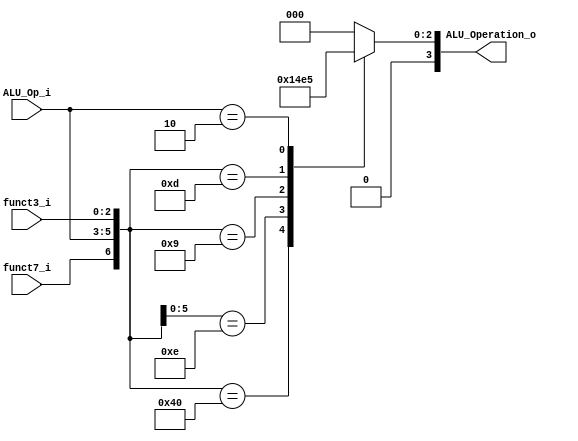
/******************************************************************
* Description
*	This is the control unit for the ALU. It receves a signal called 
*	ALUOp from the control unit and signals called funct7 and funct3  from
*	the instruction bus.
* Version:
*	1.0
* Author:
*	Dr. Jos Luis Pizano Escalante
* email:
*	luispizano@iteso.mx
* Date:
*	16/08/2021
******************************************************************/
module ALU_Control
(
	input funct7_i, 
	input [2:0] ALU_Op_i,
	input [2:0] funct3_i,
	

	output [3:0] ALU_Operation_o

);


//ALUOp se saca de Control
//funct7_ALUOp_func3
//add  f7:0  f3:0 
localparam R_Type_ADD  = 7'b0_000_000;
//addi f7:x	 f3:0
localparam I_Type_ADDI = 7'bx_001_000;
//sub	 f7:1	 f3:0 
localparam R_Type_SUB  = 7'b1_000_000;
//ori	 f7:x	 f3:6
localparam I_Type_ORI  = 7'bx_001_110;
//slli f7:0 f3:1 
localparam I_Type_SLLI = 7'b0_001_001;// faltaba indicar que es imm
//srli f7:0  f3:5 
localparam I_Type_SRLI = 7'b0_001_101;
//lui	 f7:x  f3:x  
localparam U_Type_LUI  = 7'bx_010_xxx;


reg [3:0] alu_control_values;
wire [6:0] selector;

assign selector = {funct7_i, ALU_Op_i, funct3_i};

always@(selector)begin
	casex(selector)

		R_Type_ADD:  alu_control_values = 4'b0000;
		I_Type_ADDI: alu_control_values = 4'b0000;// Usa el mismo de ADD
		R_Type_SUB:  alu_control_values = 4'b0001;//Este ya es diferente
		I_Type_ORI:  alu_control_values = 4'b0010;
		I_Type_SLLI: alu_control_values = 4'b0011;// Estaba mal puesto el numero
		I_Type_SRLI: alu_control_values = 4'b0100;
		U_Type_LUI:  alu_control_values = 4'b0101;

		default: alu_control_values = 4'b00_00;
	endcase
end


assign ALU_Operation_o = alu_control_values;



endmodule